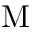
\mathrm { M }